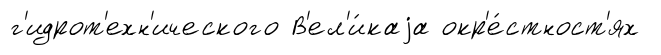
г'идрот'ехн'ического В'ел'и́каjа окр'е́стност'ях